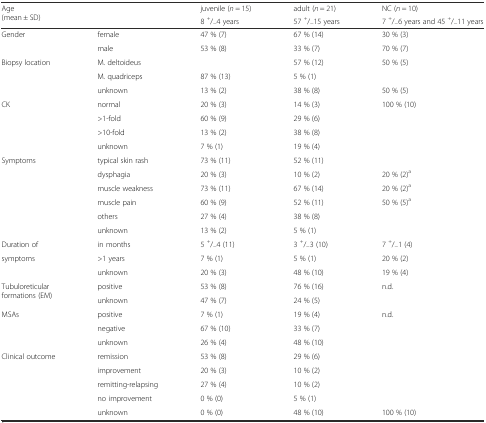
<table><thead><tr><td rowspan="2"><b>Age (mean ± SD)</b></td><td rowspan="2">[EMPTY_CELL]</td><td><b>juvenile (<i>n</i> = 15)</b></td><td><b>adult (<i>n</i> = 21)</b></td><td><b>NC (<i>n</i> = 10)</b></td></tr><tr><td><b>8 <sup>+</sup>/<sub>−</sub>4 years</b></td><td><b>57 <sup>+</sup>/<sub>−</sub>15 years</b></td><td><b>7 <sup>+</sup>/<sub>−</sub>6 years and 45 <sup>+</sup>/<sub>−</sub>11 years</b></td></tr></thead><tbody><tr><td rowspan="2">Gender</td><td>female</td><td>47 % (7)</td><td>67 % (14)</td><td>30 % (3)</td></tr><tr><td>male</td><td>53 % (8)</td><td>33 % (7)</td><td>70 % (7)</td></tr><tr><td rowspan="3">Biopsy location</td><td>M. deltoideus</td><td>[EMPTY_CELL]</td><td>57 % (12)</td><td>50 % (5)</td></tr><tr><td>M. quadriceps</td><td>87 % (13)</td><td>5 % (1)</td><td>[EMPTY_CELL]</td></tr><tr><td>unknown</td><td>13 % (2)</td><td>38 % (8)</td><td>50 % (5)</td></tr><tr><td rowspan="4">CK</td><td>normal</td><td>20 % (3)</td><td>14 % (3)</td><td>100 % (10)</td></tr><tr><td>&gt;1-fold</td><td>60 % (9)</td><td>29 % (6)</td><td rowspan="3">[EMPTY_CELL]</td></tr><tr><td>&gt;10-fold</td><td>13 % (2)</td><td>38 % (8)</td></tr><tr><td>unknown</td><td>7 % (1)</td><td>19 % (4)</td></tr><tr><td rowspan="6">Symptoms</td><td>typical skin rash</td><td>73 % (11)</td><td>52 % (11)</td><td>[EMPTY_CELL]</td></tr><tr><td>dysphagia</td><td>20 % (3)</td><td>10 % (2)</td><td>20 % (2)<sup>a</sup></td></tr><tr><td>muscle weakness</td><td>73 % (11)</td><td>67 % (14)</td><td>20 % (2)<sup>a</sup></td></tr><tr><td>muscle pain</td><td>60 % (9)</td><td>52 % (11)</td><td>50 % (5)<sup>a</sup></td></tr><tr><td>others</td><td>27 % (4)</td><td>38 % (8)</td><td rowspan="2">[EMPTY_CELL]</td></tr><tr><td>unknown</td><td>13 % (2)</td><td>5 % (1)</td></tr><tr><td>Duration of</td><td>in months</td><td>5 <sup>+</sup>/<sub>−</sub>4 (11)</td><td>3 <sup>+</sup>/<sub>−</sub>3 (10)</td><td>7 <sup>+</sup>/<sub>−</sub>1 (4)</td></tr><tr><td rowspan="2">symptoms</td><td>&gt;1 years</td><td>7 % (1)</td><td>5 % (1)</td><td>20 % (2)</td></tr><tr><td>unknown</td><td>20 % (3)</td><td>48 % (10)</td><td>19 % (4)</td></tr><tr><td rowspan="2">Tubuloreticular formations (EM)</td><td>positive</td><td>53 % (8)</td><td>76 % (16)</td><td>n.d.</td></tr><tr><td>unknown</td><td>47 % (7)</td><td>24 % (5)</td><td>[EMPTY_CELL]</td></tr><tr><td rowspan="3">MSAs</td><td>positive</td><td>7 % (1)</td><td>19 % (4)</td><td>n.d.</td></tr><tr><td>negative</td><td>67 % (10)</td><td>33 % (7)</td><td rowspan="2">[EMPTY_CELL]</td></tr><tr><td>unknown</td><td>26 % (4)</td><td>48 % (10)</td></tr><tr><td rowspan="5">Clinical outcome</td><td>remission</td><td>53 % (8)</td><td>29 % (6)</td><td rowspan="3">[EMPTY_CELL]</td></tr><tr><td>improvement</td><td>20 % (3)</td><td>10 % (2)</td></tr><tr><td>remitting-relapsing</td><td>27 % (4)</td><td>10 % (2)</td></tr><tr><td>no improvement</td><td>0 % (0)</td><td>5 % (1)</td><td>[EMPTY_CELL]</td></tr><tr><td>unknown</td><td>0 % (0)</td><td>48 % (10)</td><td>100 % (10)</td></tr></tbody></table>